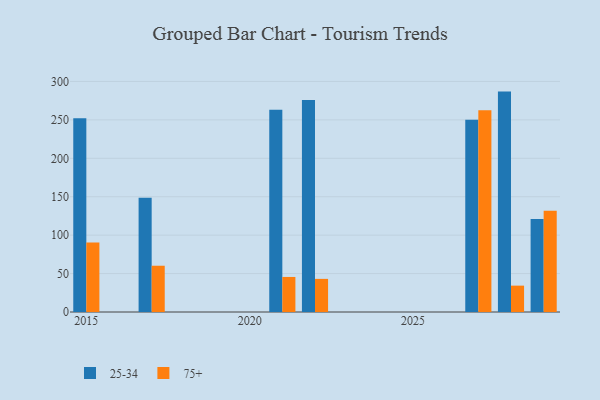
{"axis": {"x": "Year", "y": "Operating Costs (USD K)"}, "legend": ["25-34", "75+"], "data": [{"x": "2015", "y": 252.1, "type": "25-34"}, {"x": "2015", "y": 90.4, "type": "75+"}, {"x": "2017", "y": 148.6, "type": "25-34"}, {"x": "2017", "y": 60.2, "type": "75+"}, {"x": "2028", "y": 286.8, "type": "25-34"}, {"x": "2028", "y": 34.3, "type": "75+"}, {"x": "2029", "y": 120.9, "type": "25-34"}, {"x": "2029", "y": 131.6, "type": "75+"}, {"x": "2021", "y": 263.2, "type": "25-34"}, {"x": "2021", "y": 45.6, "type": "75+"}, {"x": "2027", "y": 250.3, "type": "25-34"}, {"x": "2027", "y": 262.5, "type": "75+"}, {"x": "2022", "y": 275.8, "type": "25-34"}, {"x": "2022", "y": 43.1, "type": "75+"}]}